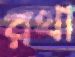
রথা